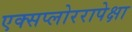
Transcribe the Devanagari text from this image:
एक्सप्लोररापेक्षा